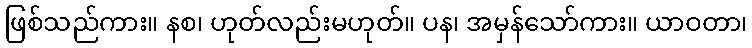
ဖြစ်သည်ကား။ နစ၊ ဟုတ်လည်းမဟုတ်။ ပန၊ အမှန်သော်ကား။ ယာဝတာ၊